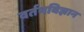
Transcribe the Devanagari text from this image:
वर्तनविज्ञान